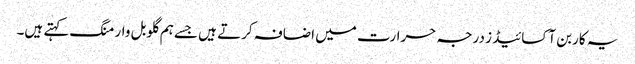
یہ کاربن آکسائیڈ ز درجہ حرارت میں اضافہ کرتے ہیں جسے ہم گلوبل وارمنگ کہتے ہیں۔